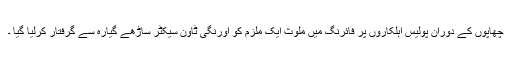
چھاپوں کے دوران پولیس اہلکاروں پر فائرنگ میں ملوث ایک ملزم کو اورنگی ٹاون سیکٹر ساڑھے گیارہ سے گرفتار کرلیا گیا ۔